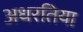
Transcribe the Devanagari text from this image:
अधरतिया